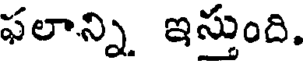
ఫలాన్ని ఇస్తుంది.